Civil Veterinary Department. United Provinces 1923-31 - 1923-1931
Year: 1923
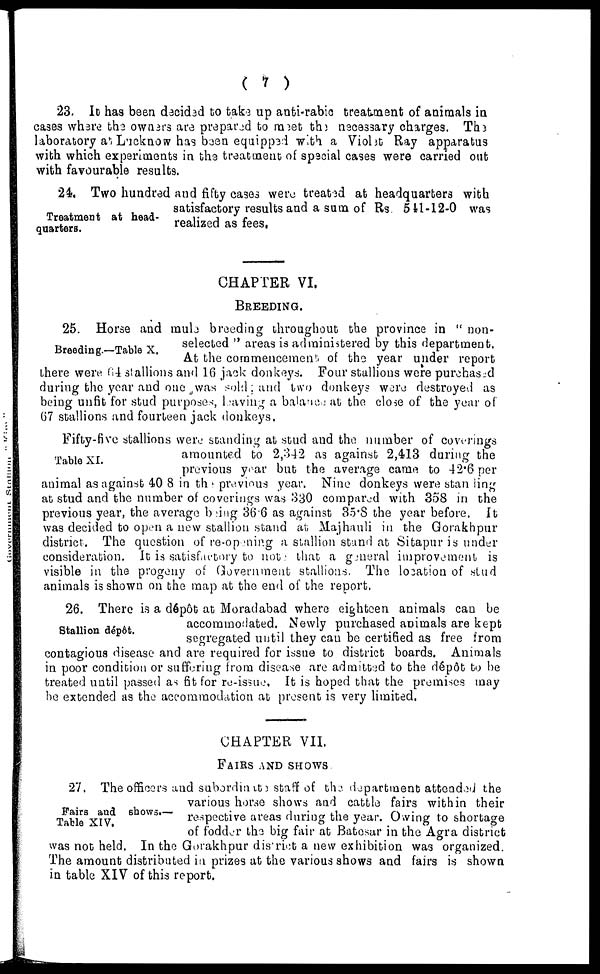
( 7 )
23. It has been decibed to take up anti-rabic treatment of animals in
cases where the owners are prepared to meet the necessary charges. Tin
laboratory at Lucknow has been equipped with a Violet Ray apparatus
with which experiments in the treatment of special cases were carried out
with favourable results.
Treatment at head-
quarters.
24. Two hundred and fifty cases were treated at headquarters with
satisfactory results and a sum of Rs. 541-12-0 was
realized as fees,
CHAPTER VI,
BREEDING.
Breeding.—Table X.
25. Horse and mule breeding throughout the province in "non-
selected" areas is administered by this department.
At the commencement, of the year under report
there were 64 stallions and 16 jack donkeys. Four stallions were purchased
during the year and one was sold; and two donkeys were destroyed as
being unfit for stud purposes leaving a balance at the close of the year of
67 stallions and fourteen jack donkeys.
Table XI.
Fifty-five stallions were standing at stud and the number of coverings
amounted to 2,342 as against 2,413 during the
previous year but the average came to 42.6 per
animal as against 40 8 in the previous year. Nine donkeys were standing
at stud and the number of coverings was 830 compared with 358 in the
previous year, the average being 36.6 as against 35.8 the year before. ft
was decided to open a new stallion stand at Majhauli in the Gorakhpur
district. The question of re-opening a stallion stand at Sitapur is under
consideration. It is satisfactory to note that a general improvement is
visible in the progeny of Government stallions, The location of stud
animals is shown on the map at the end of the report.
Stallion dépôt.
26. There is a dépôt at Moradabad where eighteen animals can be
accommodated. Newly purchased animals are kept
segregated until they can be certified as free from
contagious disease and are required for issue to district boards. Animals
in poor condition or suffering from disease are admitted to the dépôt to be
treated until passed as fit for re-issue. It is hoped that the premises may
be extended as the accommodation at present is very limited.
CHAPTER VII.
FAIRS AND SHOWS.
Fairs and shows.—
Table XIV.
27. The officers and subordinate staff of the department attended the
various horse shows and cattle fairs within their
respective areas during the year. Owing to shortage
of fodder the big fair at Batesar in the Agra district
was not held, In the Gorakhpur district a new exhibition was organized.
The amount distributed in prizes at the various shows and fairs is shown
in table XIV of this report.